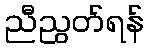
ညီညွတ်ရန်